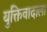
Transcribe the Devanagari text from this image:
युक्तिवादाला